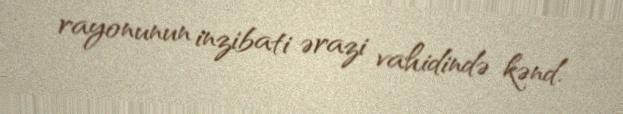
rayonunun inzibati ərazi vahidində kənd.